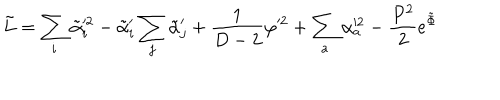
\tilde { L } = \sum _ { i } \tilde { \alpha } _ { i } ^ { \prime 2 } - \tilde { \alpha } _ { i } ^ { \prime } \sum _ { j } \tilde { \alpha } _ { j } ^ { \prime } + { \frac { 1 } { D - 2 } } \varphi ^ { \prime 2 } + \sum _ { a } \alpha _ { a } ^ { \prime 2 } - { \frac { P ^ { 2 } } { 2 } } e ^ { \tilde { \Phi } }